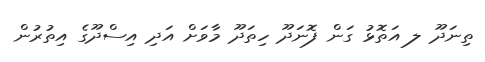
ތިނަދޫ ލ އަތޮޅު ގަން ފޮނަދޫ ހިތަދޫ މާވަށް އަދި އިސްދޫގެ އިތުރުން